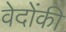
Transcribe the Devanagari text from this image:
वेदोंकी